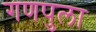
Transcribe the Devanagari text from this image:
गणपुला